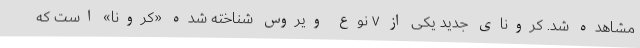
مشاهده شد. کرونای جدید یکی از ۷ نوع ویروس شناخته شده «کرونا» است که